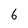
Character: 6